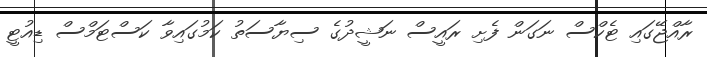
ރާއްޖޭގައި ޓެކްސް ނަގަން ފެށި ރައީސް ނަޝީދުގެ ސިޔާސަތު ކަމުގައިވާ ކަސްޓަމްސް ޑިއުޓީ